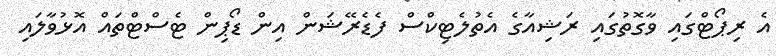
އެ ރިޕޯޓްގައި ވާގޮތުގައި ރަޝިއާގެ އެތުލެޓިކްސް ފެޑެރޭޝަން އިން ޑޯޕިން ޓެސްޓްތައް އޮޅުވާލައި